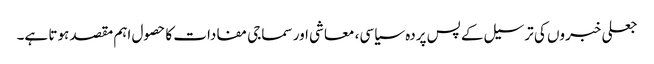
جعلی خبروں کی ترسیل کے پس پردہ سیاسی، معاشی اور سماجی مفادات کا حصول اہم مقصد ہوتا ہے۔